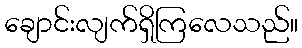
ချောင်းလျက်ရှိကြလေသည်။